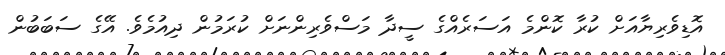
އޮޑިވެރިޔާއަށް ކުރާ ކޮންމެ އަސަރެއްގެ ސީދާ މަސްވެރިންނަށް ކުރަމުން ދިއުމެވެ. އޭގެ ސަބަބުން